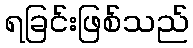
ရခြင်းဖြစ်သည်